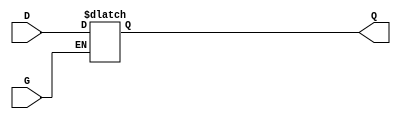
module gated_latch (
    input wire D,  // Data input
    input wire G,  // Gate control signal
    output reg Q   // Output
);

// Always block to implement the gated latch behavior
always @(*) begin
    if (G) begin
        // When G is HIGH, Q follows D
        Q = D;
    end
    // When G is LOW, Q retains its previous value
end

endmodule